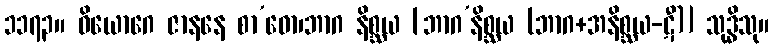
၁၁၇၃။ ဝိယောဂေ ဇာနနေ စာ’ဓော၊ဘာဂ နိစ္ဆယ [ဘာဂ’နိစ္ဆယ (ဘာဂ+အနိစ္ဆယ-ဋီ)] သုဒ္ဓိသု။